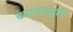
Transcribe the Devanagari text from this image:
करण्यव्यूहांनी